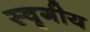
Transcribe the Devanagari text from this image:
स्वृगीय